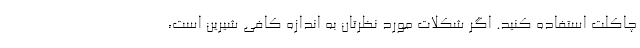
چاکلت استفاده کنید. اگر شکلات مورد نظرتان به اندازه کافی شیرین است،